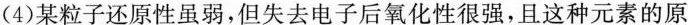
(4)某粒子还原性虽弱，但失去电子后氧化性很强，且这种元素的原